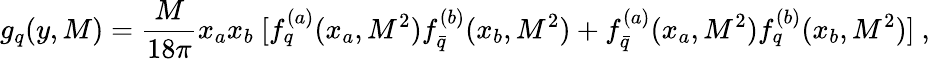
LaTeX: g_{q}(y,M)={\frac{M}{18\pi}}x_{a}x_{b}\ [f_{q}^{(a)}(x_{a},M^{2})f_{\bar{q}}^{(b)}(x_{b},M^{2})+f_{\bar{q}}^{(a)}(x_{a},M^{2})f_{q}^{(b)}(x_{b},M^{2})]\ ,